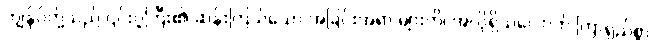
ကျွန်ုပ်တို့သည် ၎င်းဂူကြီး၏ ဆန်းကြယ်သော အခြင်းအရာ များကို၊ အလိုရှိသလောက် ကြာရှည်စွာ